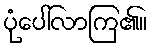
ပုံပေါ်လာကြ၏။